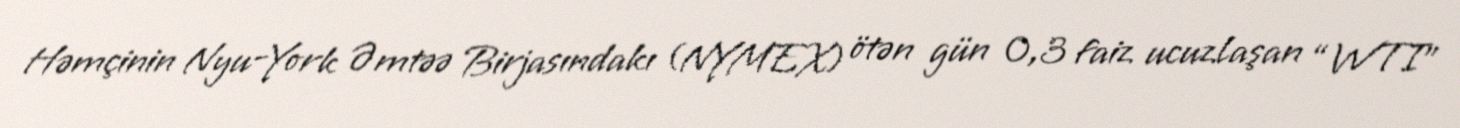
Həmçinin Nyu-York Əmtəə Birjasındakı (NYMEX) ötən gün 0,3 faiz ucuzlaşan “WTI”